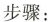
步骤：